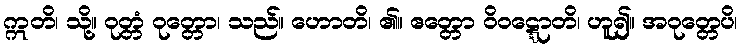
ဣတိ၊ သို့။ ဝုတ္တံ ဝုတ္တော၊ သည်။ ဟောတိ၊ ၏။ ဧတ္တော ဝိဝဋ္ဋောတိ၊ ဟူ၍။ အဝုတ္တေပိ၊